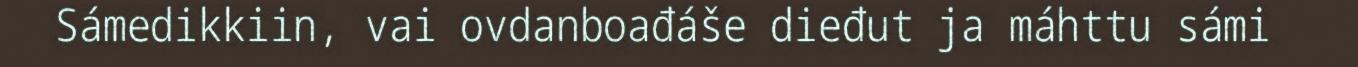
Sámedikkiin, vai ovdanboađáše dieđut ja máhttu sámi